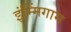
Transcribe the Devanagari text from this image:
इंम्मिंगाम